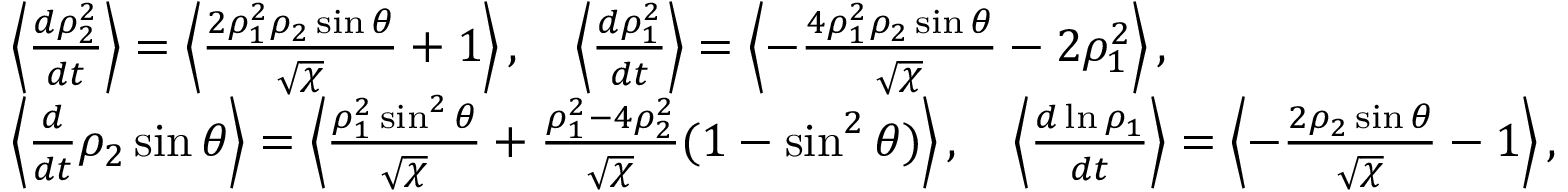
\begin{array} { r l r } & { \left\langle \frac { d \rho _ { 2 } ^ { 2 } } { d t } \right\rangle = \left\langle \frac { 2 \rho _ { 1 } ^ { 2 } \rho _ { 2 } \sin \theta } { \sqrt { \chi } } + 1 \right\rangle , \quad \left\langle \frac { d \rho _ { 1 } ^ { 2 } } { d t } \right\rangle = \left\langle - \frac { 4 \rho _ { 1 } ^ { 2 } \rho _ { 2 } \sin \theta } { \sqrt { \chi } } - 2 \rho _ { 1 } ^ { 2 } \right\rangle , } & \\ & { \left\langle \frac { d } { d t } \rho _ { 2 } \sin \theta \right\rangle = \left\langle \frac { \rho _ { 1 } ^ { 2 } \sin ^ { 2 } \theta } { \sqrt { \chi } } + \frac { \rho _ { 1 } ^ { 2 } - 4 \rho _ { 2 } ^ { 2 } } { \sqrt { \chi } } ( 1 - \sin ^ { 2 } \theta ) \right\rangle , \quad \left\langle \frac { d \ln \rho _ { 1 } } { d t } \right\rangle = \left\langle - \frac { 2 \rho _ { 2 } \sin \theta } { \sqrt { \chi } } - 1 \right\rangle , } & \end{array}